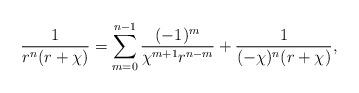
LaTeX: \begin{align*}\frac{1}{r^n (r+\chi)} = \sum_{m=0}^{n-1} \frac{(-1)^m }{ \chi^{m+1} r^{n-m}} + \frac{1}{(-\chi)^n (r+ \chi)},\end{align*}